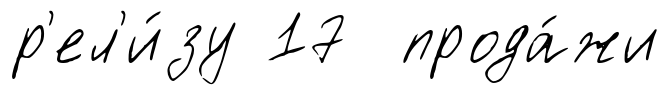
р'ел'и́зу 17 прода́жи